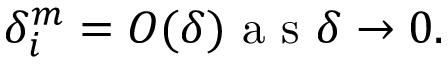
\delta _ { i } ^ { m } = O ( \delta ) \mathrm { ~ a ~ s ~ } \delta \rightarrow 0 .